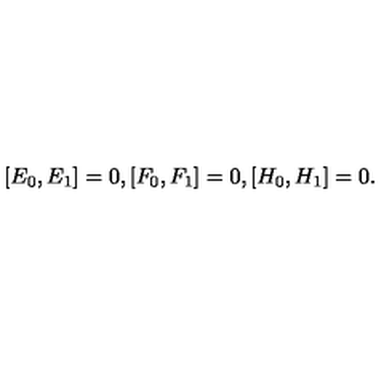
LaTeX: \, [ E _ { 0 } , E _ { 1 } ] = 0 , [ F _ { 0 } , F _ { 1 } ] = 0 , [ H _ { 0 } , H _ { 1 } ] = 0 .